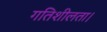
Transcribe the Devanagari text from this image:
गतिशीलता।